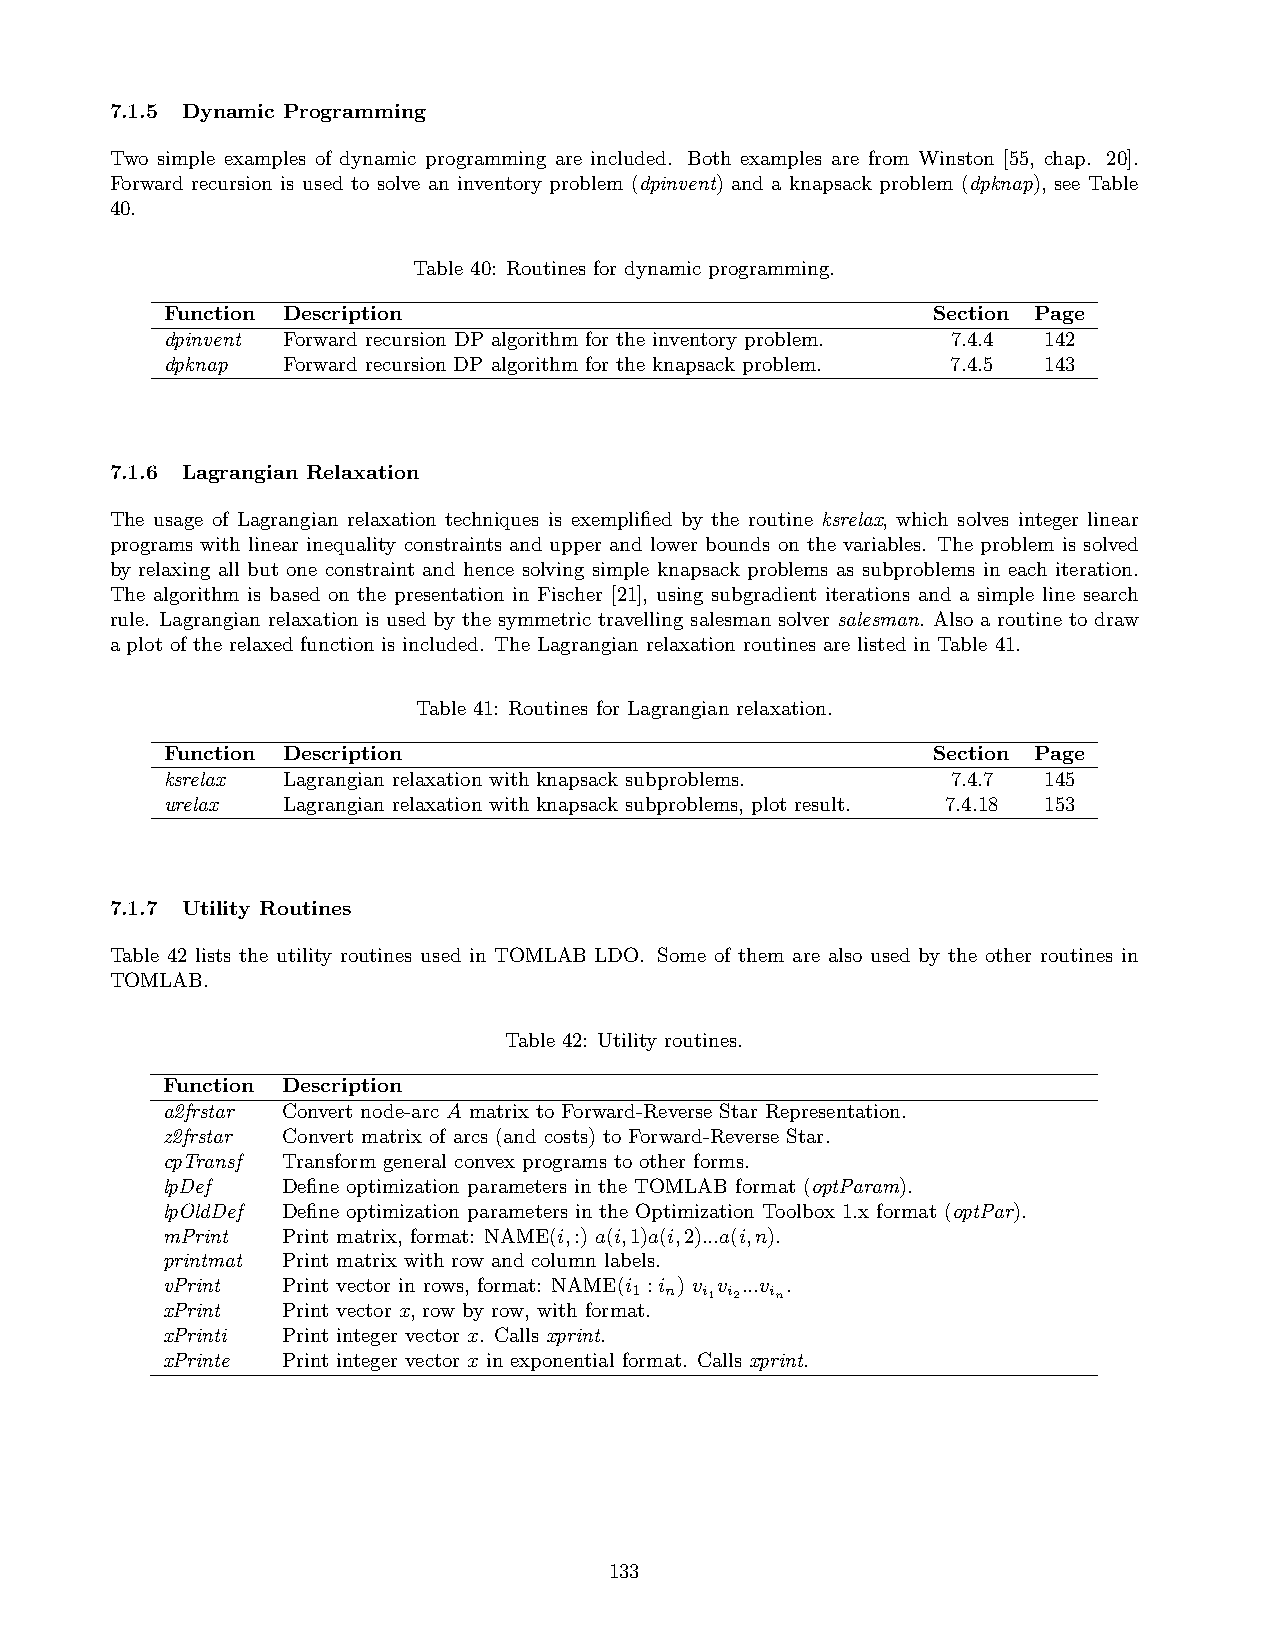
7.1.5 Dynamic Programming
 Two simple examples of dynamic programming are included. Both examples are from Winston [55, chap. 20].
 Forward recursion is used to solve an inventory problem (dpinvent) and a knapsack problem (dpknap), see Table
 40.
 Table 40: Routines for dynamic programming.
 Function Description                               Section Page
 dpinvent Forward recursion DP algorithm for the inventory problem. 7.4.4 142
 dpknap  Forward recursion DP algorithm for the knapsack problem. 7.4.5 143
 7.1.6 Lagrangian Relaxation
 The usage of Lagrangian relaxation techniques is exemplified by the routine ksrelax, which solves integer linear
 programs with linear inequality constraints and upper and lower bounds on the variables. The problem is solved
 by relaxing all but one constraint and hence solving simple knapsack problems as subproblems in each iteration.
 The algorithm is based on the presentation in Fischer [21], using subgradient iterations and a simple line search
 rule. Lagrangian relaxation is used by the symmetric travelling salesman solver salesman. Also a routine to draw
 a plot of the relaxed function is included. The Lagrangian relaxation routines are listed in Table 41.
 Table 41: Routines for Lagrangian relaxation.
 Function Description                               Section Page
 ksrelax Lagrangian relaxation with knapsack subproblems. 7.4.7 145
 urelax  Lagrangian relaxation with knapsack subproblems, plot result. 7.4.18 153
 7.1.7 Utility Routines
 Table 42 lists the utility routines used in TOMLAB LDO. Some of them are also used by the other routines in
 TOMLAB.
 Table 42: Utility routines.
 Function Description
 a2frstar Convert node-arc A matrix to Forward-Reverse Star Representation.
 z2frstar Convert matrix of arcs (and costs) to Forward-Reverse Star.
 cpTransf Transform general convex programs to other forms.
 lpDef   Define optimization parameters in the TOMLAB format (optParam).
 lpOldDef Define optimization parameters in the Optimization Toolbox 1.x format (optPar).
 mPrint  Print matrix, format: NAME(i,:) a(i,1)a(i,2)...a(i,n).
 printmat Print matrix with row and column labels.
 vPrint  Print vector in rows, format: NAME(i1 :i n) v i1v i2...v in.
 xPrint  Print vector x, row by row, with format.
 xPrinti Print integer vector x. Calls xprint.
 xPrinte Print integer vector x in exponential format. Calls xprint.
 133